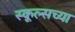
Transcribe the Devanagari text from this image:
स्कूल्सच्या